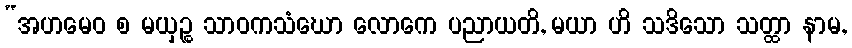
“အဟမေဝ စ မယှဉ္စ သာဝကသံဃော လောကေ ပညာယတိ, မယာ ဟိ သဒိသော သတ္ထာ နာမ,